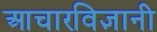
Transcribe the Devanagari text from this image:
आचारविज्ञानी